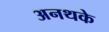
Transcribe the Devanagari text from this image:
अनथके